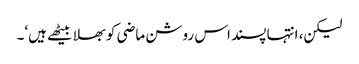
لیکن، انتہا پسند اس روشن ماضی کو بھلا بیٹھے ہیں‘۔